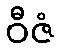
ဝီဇံ